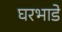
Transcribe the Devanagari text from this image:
घरभाडे